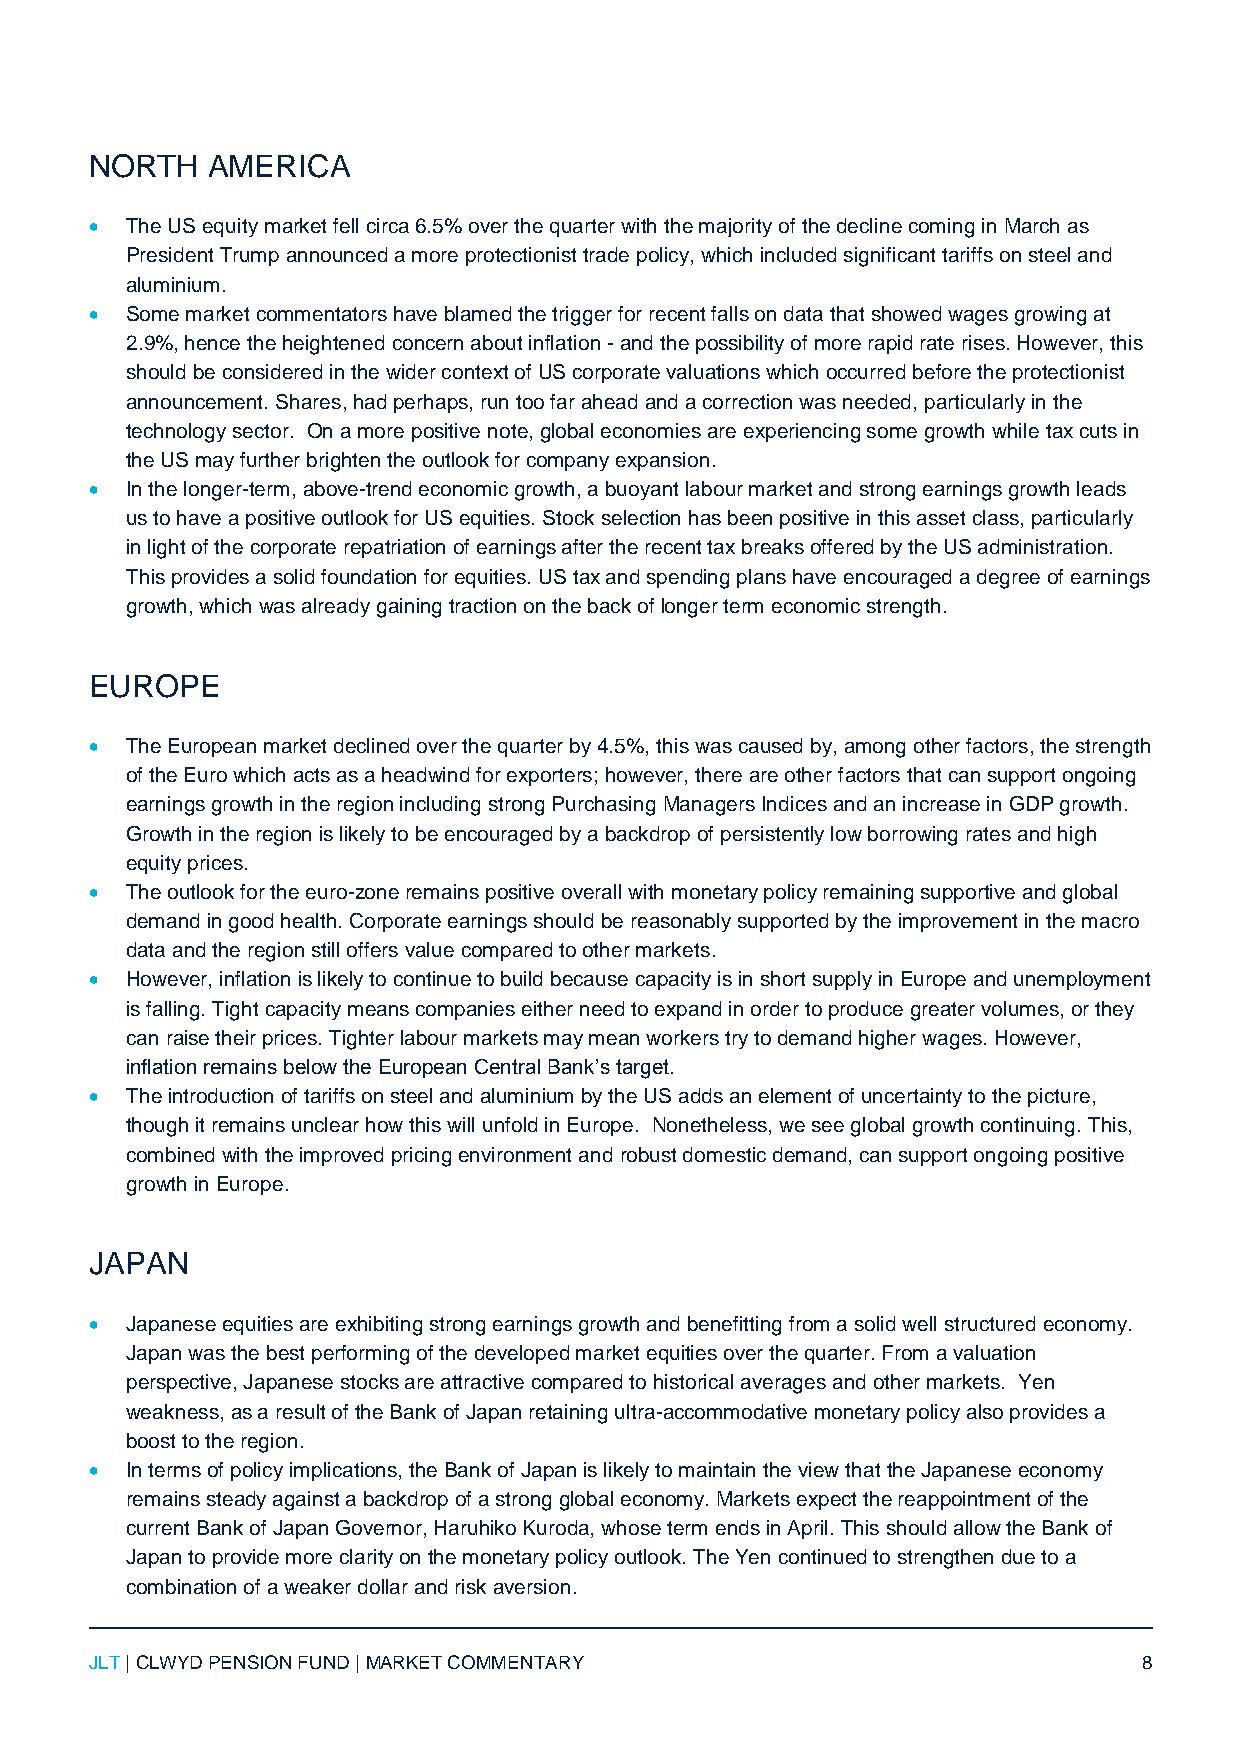
NORTH   AMERICA
  The US equity market fell circa 6.5% over the quarter with the majority of the decline coming in March as
 President Trump announced a more protectionist trade policy, which included significant tariffs on steel and
 aluminium.
  Some market commentators have blamed the trigger for recent falls on data that showed wages growing at
 2.9%, hence the heightened concern about inflation - and the possibility of more rapid rate rises. However, this
 should be considered in the wider context of US corporate valuations which occurred before the protectionist
 announcement. Shares, had perhaps, run too far ahead and a correction was needed, particularly in the
 technology sector. On a more positive note, global economies are experiencing some growth while tax cuts in
 the US may further brighten the outlook for company expansion.
  In the longer-term, above-trend economic growth, a buoyant labour market and strong earnings growth leads
 us to have a positive outlook for US equities. Stock selection has been positive in this asset class, particularly
 in light of the corporate repatriation of earnings after the recent tax breaks offered by the US administration.
 This provides a solid foundation for equities. US tax and spending plans have encouraged a degree of earnings
 growth, which was already gaining traction on the back of longer term economic strength.
 EUROPE
  The European market declined over the quarter by 4.5%, this was caused by, among other factors, the strength
 of the Euro which acts as a headwind for exporters; however, there are other factors that can support ongoing
 earnings growth in the region including strong Purchasing Managers Indices and an increase in GDP growth.
 Growth in the region is likely to be encouraged by a backdrop of persistently low borrowing rates and high
 equity prices.
  The outlook for the euro-zone remains positive overall with monetary policy remaining supportive and global
 demand in good health. Corporate earnings should be reasonably supported by the improvement in the macro
 data and the region still offers value compared to other markets.
  However, inflation is likely to continue to build because capacity is in short supply in Europe and unemployment
 is falling. Tight capacity means companies either need to expand in order to produce greater volumes, or they
 can raise their prices. Tighter labour markets may mean workers try to demand higher wages. However,
 inflation remains below the European Central Bank’s target.
  The introduction of tariffs on steel and aluminium by the US adds an element of uncertainty to the picture,
 though it remains unclear how this will unfold in Europe. Nonetheless, we see global growth continuing. This,
 combined with the improved pricing environment and robust domestic demand, can support ongoing positive
 growth in Europe.
 JAPAN
  Japanese equities are exhibiting strong earnings growth and benefitting from a solid well structured economy.
 Japan was the best performing of the developed market equities over the quarter. From a valuation
 perspective, Japanese stocks are attractive compared to historical averages and other markets. Yen
 weakness, as a result of the Bank of Japan retaining ultra-accommodative monetary policy also provides a
 boost to the region.
  In terms of policy implications, the Bank of Japan is likely to maintain the view that the Japanese economy
 remains steady against a backdrop of a strong global economy. Markets expect the reappointment of the
 current Bank of Japan Governor, Haruhiko Kuroda, whose term ends in April. This should allow the Bank of
 Japan to provide more clarity on the monetary policy outlook. The Yen continued to strengthen due to a
 combination of a weaker dollar and risk aversion.
 JLT | CLWYD PENSION FUND | MARKET COMMENTARY                          8